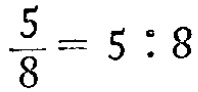
$\frac{5}{8}=5:8$